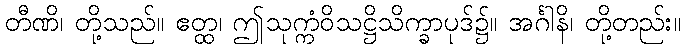
တီဏိ၊ တို့သည်။ ဧတ္ထ၊ ဤသုက္ကံဝိသဋ္ဌိသိက္ခာပုဒ်၌။ အင်္ဂါနိ၊ တို့တည်း။